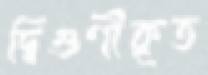
দ্বিগুণীকৃত